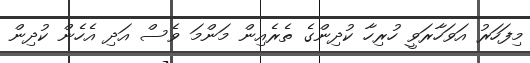
މިފަހަރު އަވަހާރަވީ ހުރިހާ ކުދިންގެ ތެރެއިން މަންމަ ވެސް އަދި އެހެން ކުދިން